Annual administration and progress report of the Indian Medical Department, Bombay
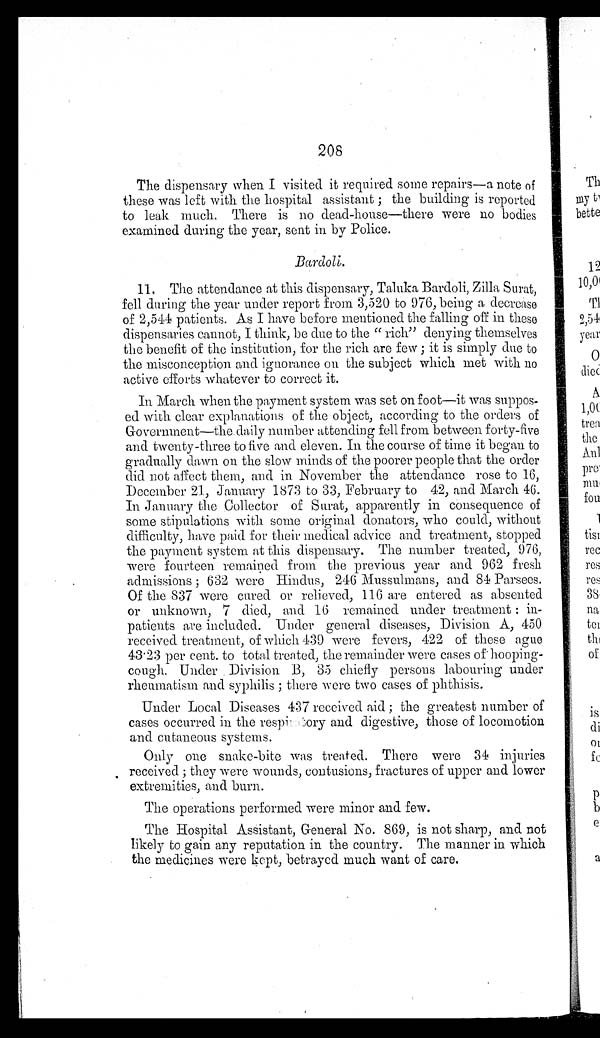
208
The dispensary when I visited it required some repairs—a note of
these was left with the hospital assistant; the building is reported
to leak much. There is no dead-house—there were no bodies
examined during the year, sent in by Police.
Bardoli.
11. The attendance at this dispensary, Taluka Bardoli Zilla Surat,
fell during the year under report from 3,520 to 976, being a decrease
of 2,544 patients. As I have before mentioned the falling off in these
dispensaries cannot, I think, be due to the "rich" denying themselves
the benefit of the institution, for the rich are few; it is simply due to
the misconception and ignorance on the subject which met with no
active efforts whatever to correct it.
In March when the payment system was set on foot—it was suppos
-ed with clear explanations of the object, according to the orders of
Government—the daily number attending fell from between forty-five
and twenty-three to five and eleven. In the course of time it began to
gradually dawn on the slow minds of the poorer people that the order
did not affect them, and in November the attendance rose to 16,
December 21, January 1873 to 33, February to 42, and March 46.
In January the Collector of Surat, apparently in consequence of
some stipulations with some original donators, who could, without
d i f f i c u l t y , h a v e p a i d f o r t h e i r m e d i c a l a d v i c e a n d t r e a t m e n t , s t o p p e d
the payment system at this dispensary. The number treated, 976,
were fourteen remained from the previous year and 962 fresh
admissions; 632 were Hindus, 246 Mussulmans, and 84 Parsees.
Of the 837 were cured or relieved, 116 are entered as absented
or unknown, 7 died, and 16 remained under treatment: in
-patients are included. Under general diseases, Division A, 450
received treatment, of which 439 were fevers, 422 of these ague
43.23 per cent. to total treated, the remainder were cases of hooping
-cough. Under Division B, 35 chiefly persons labouring under
rheumatism and syphilis; there were two cases of phthisis.
Under Local Diseases 437 received aid; the greatest number of
cases occurred in the respiratory and digestive, those of locomotion
and cutaneous systems.
Only one snake-bite was treated. There were 34 injuries
received; they were wounds, contusions, fractures of upper and lower
extremities, and burn.
The operations performed were minor and few.
The Hospital Assistant, General No. 869, is not sharp, and not
likely to gain any reputation in the country. The manner in which
the medicines were kept, betrayed much want of care.